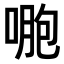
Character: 𠷤